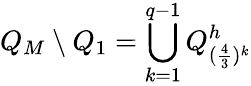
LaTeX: Q_{M}\setminus Q_{1}=\bigcup_{k=1}^{q-1}Q_{(\frac{4}{3})^{k}}^{h}